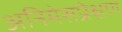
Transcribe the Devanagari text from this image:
अनिमेसप्रेक्षण